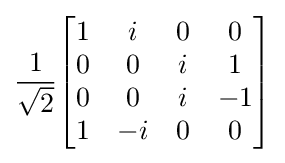
{\frac {1}{\sqrt {2}}}{\begin{bmatrix}1&i&0&0\\0&0&i&1\\0&0&i&-1\\1&-i&0&0\\\end{bmatrix}}